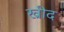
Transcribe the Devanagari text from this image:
ख्रीद